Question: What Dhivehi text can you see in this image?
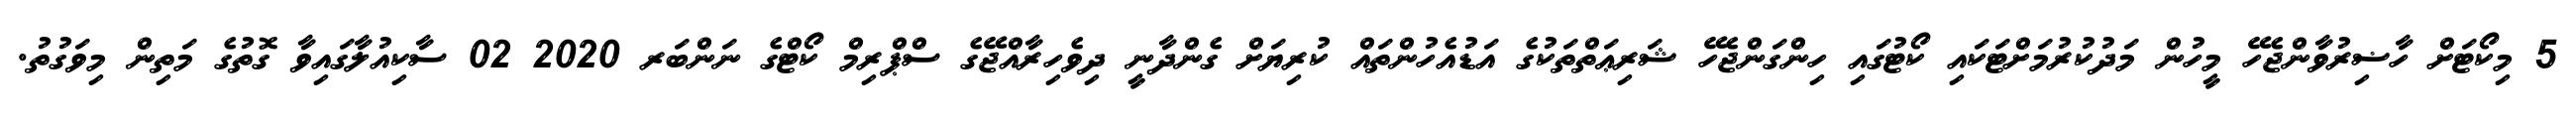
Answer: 5 މިކޯޓަށް ހާޟިރުވާންޖެހޭ މީހުން މަދުކުރުމަށްޓަކައި ކޯޓުގައި ހިންގަންޖެހޭ ޝަރިޢަތްތަކުގެ އަޑުއެހުންތައް ކުރިޔަށް ގެންދާނީ ދިވެހިރާއްޖޭގެ ސްޕްރިމް ކޯޓްގެ ނަންބަރ 2020 02 ސާކިއުލާގައިވާ ގޮތުގެ މަތިން މިވަގުތު.